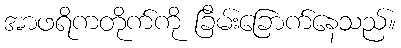
အာဖရိကတိုက်ကို ခြိမ်းခြောက်နေသည်။